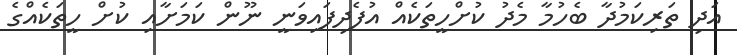
އަދި ތަރިކަމުދާ ބެހުމާ މެދު ކުށްހީތަކެއް އުފެެދިފައިވަނީ ނޫން ކަމަށާއި ކުށް ހީތަކެއްގެ